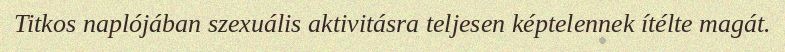
Titkos naplójában szexuális aktivitásra teljesen képtelennek ítélte magát.